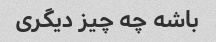
باشه چه چیز دیگری